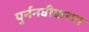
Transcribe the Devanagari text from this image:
पुर्ननवीकरण